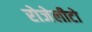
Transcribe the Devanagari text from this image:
रोजेलीटो